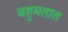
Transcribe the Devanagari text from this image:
बहुमतात